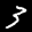
Label: 3